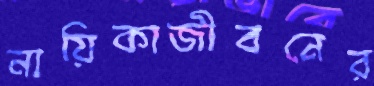
নায়িকাজীবনের